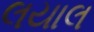
લયાલ